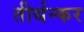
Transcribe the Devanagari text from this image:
तीर्थन्कर